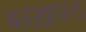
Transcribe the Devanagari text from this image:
बरख़ास्त